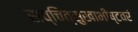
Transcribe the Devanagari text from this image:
सच्चित्सुखाभीष्टवरं